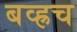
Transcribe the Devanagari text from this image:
बव्ह्रच